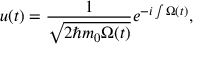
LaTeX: u ( t ) = \frac { 1 } { \sqrt { 2 \hbar m _ { 0 } \Omega ( t ) } } e ^ { - i \int \Omega ( t ) } ,